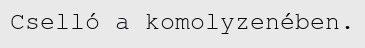
Cselló a komolyzenében.